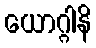
ယောဂ္ဂါနိ